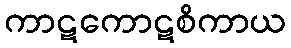
ကာဋကောဋစိကာယ